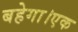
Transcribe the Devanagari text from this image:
बहेगा।एक